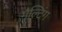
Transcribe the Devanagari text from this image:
मैल्टिंग